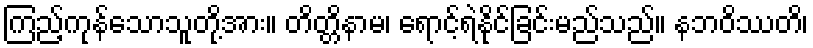
ကြည့်ကုန်သောသူတို့အား။ တိတ္တိနာမ၊ ရောင့်ရဲနိုင်ခြင်းမည်သည်။ နဘဝိဿတိ၊